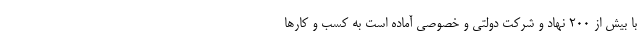
با بیش از 200 نهاد و شرکت دولتی و خصوصی آماده است به کسب و کارها